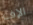
الإف